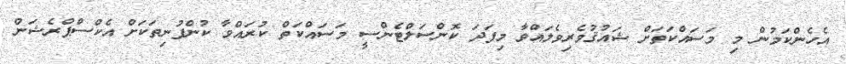
އެހެންކަމުން މި މަސައްކަތަށް ޝައުޤުވެރިވެލައްވާ މިފަދަ ކޮންސަލްޓެންސީ މަސައްކަތް ކުރައްވާ ކުންފުނިތަކަށްް އެކްސްޕްރެޝަން